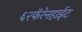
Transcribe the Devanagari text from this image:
६२फॅरेनहाईट